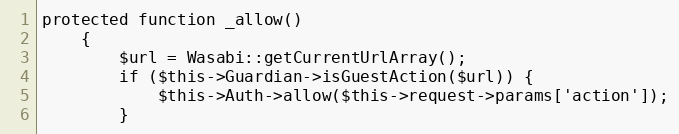
Language: PHP
protected function _allow()
    {
        $url = Wasabi::getCurrentUrlArray();
        if ($this->Guardian->isGuestAction($url)) {
            $this->Auth->allow($this->request->params['action']);
        }